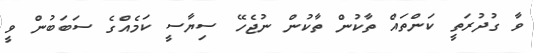
ވާ ގުދުރަތީ ކަންތައް ތާކުން ތާކުން ނުޖެހޭ ސިޔާސީ ކަމެއްގެ ސަބަބުން ވީ